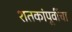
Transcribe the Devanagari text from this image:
शतकांपूर्वीचा